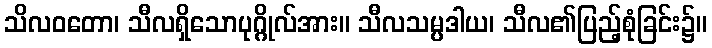
သိလဝတော၊ သီလရှိသောပုဂ္ဂိုလ်အား။ သီလသမ္ပဒါယ၊ သီလ၏ပြည့်စုံခြင်း၌။